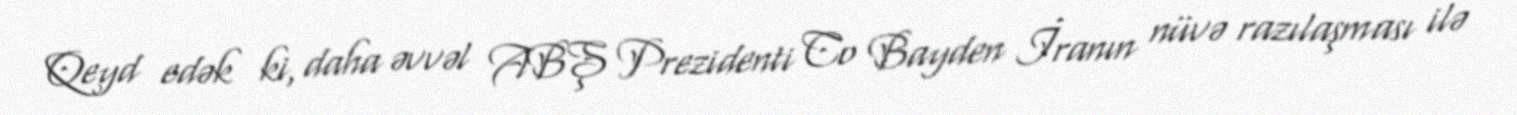
Qeyd edək ki, daha əvvəl ABŞ Prezidenti Co Bayden İranın nüvə razılaşması ilə